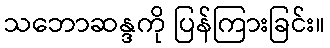
သဘောဆန္ဒကို ပြန်ကြားခြင်း။